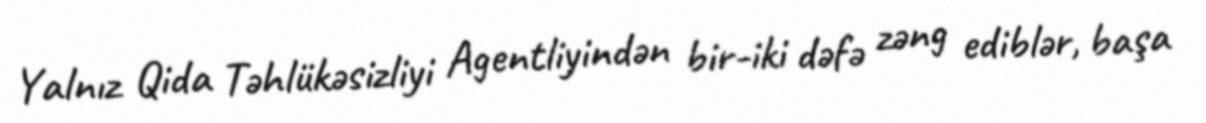
Yalnız Qida Təhlükəsizliyi Agentliyindən bir-iki dəfə zəng ediblər, başa